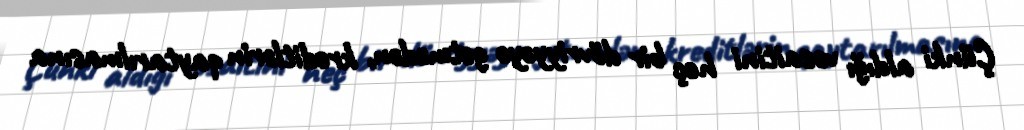
Çünki aldığı vəsaitini heç bir dövriyyəyə getmədən, kreditlərin qaytarılmasına